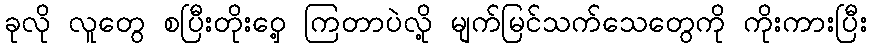
ခုလို လူတွေ စပြီးတိုးဝှေ့ ကြတာပဲလို့ မျက်မြင်သက်သေတွေကို ကိုးကားပြီး